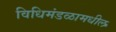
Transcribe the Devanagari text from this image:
विधिमंडळामधील